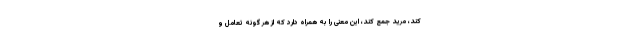
کند، مرید جمع کند، این معنی را به همراه دارد که از هر گونه تعامل و